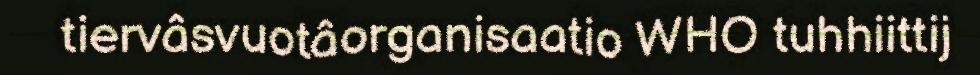
tiervâsvuotâorganisaatio WHO tuhhiittij